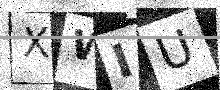
Text: XWIU